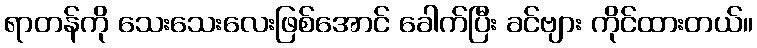
ရာတန်ကို သေးသေးလေးဖြစ်အောင် ခေါက်ပြီး ခင်ဗျား ကိုင်ထားတယ်။